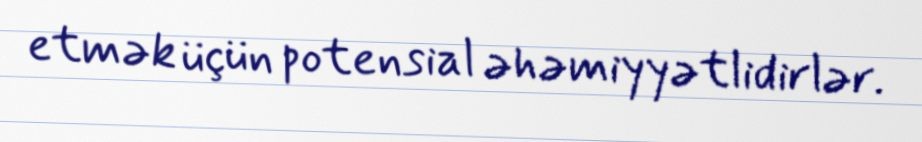
etmək üçün potensial əhəmiyyətlidirlər.